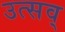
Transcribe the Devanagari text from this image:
उत्सव्